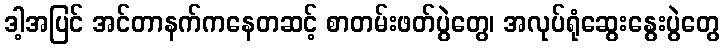
ဒါ့အပြင် အင်တာနက်ကနေတဆင့် စာတမ်းဖတ်ပွဲတွေ၊ အလုပ်ရုံဆွေးနွေးပွဲတွေ